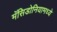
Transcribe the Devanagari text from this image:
मॅसिडोनियामध्ये